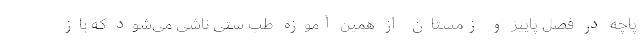
پاچه در فصل پاییز و زمستان از همین آموزه طب ستی ناشی می‌شود که باز